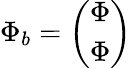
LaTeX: \begin{array}{r}{\Phi_{b}=\left(\begin{array}{c}{\Phi}\\ {\Phi}\end{array}\right)}\end{array}